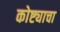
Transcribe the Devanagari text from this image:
कोष्ट्याचा